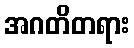
အဂတိတရား